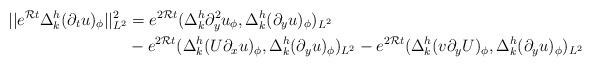
LaTeX: \begin{align*}\begin{aligned}||e^{\mathcal Rt}\Delta^h_k(\partial_tu)_\phi||^2_{L^2}&=e^{2\mathcal Rt}(\Delta^h_k\partial^2_yu_\phi, \Delta^h_k(\partial_yu)_\phi)_{L^2}\\&-e^{2\mathcal Rt}(\Delta^h_k(U\partial_xu)_\phi, \Delta^h_k(\partial_yu)_\phi)_{L^2}-e^{2\mathcal Rt}(\Delta^h_k(v\partial_yU)_\phi, \Delta^h_k(\partial_yu)_\phi)_{L^2}\end{aligned}\end{align*}